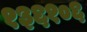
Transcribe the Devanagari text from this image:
१३६१०६